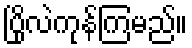
ပြိုလဲကုန်ကြမည်။